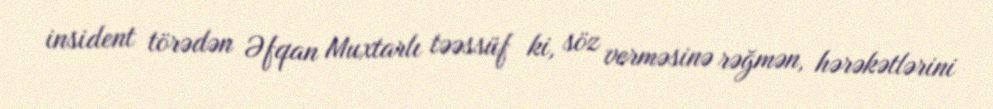
insident törədən Əfqan Muxtarlı təəssüf ki, söz verməsinə rəğmən, hərəkətlərini